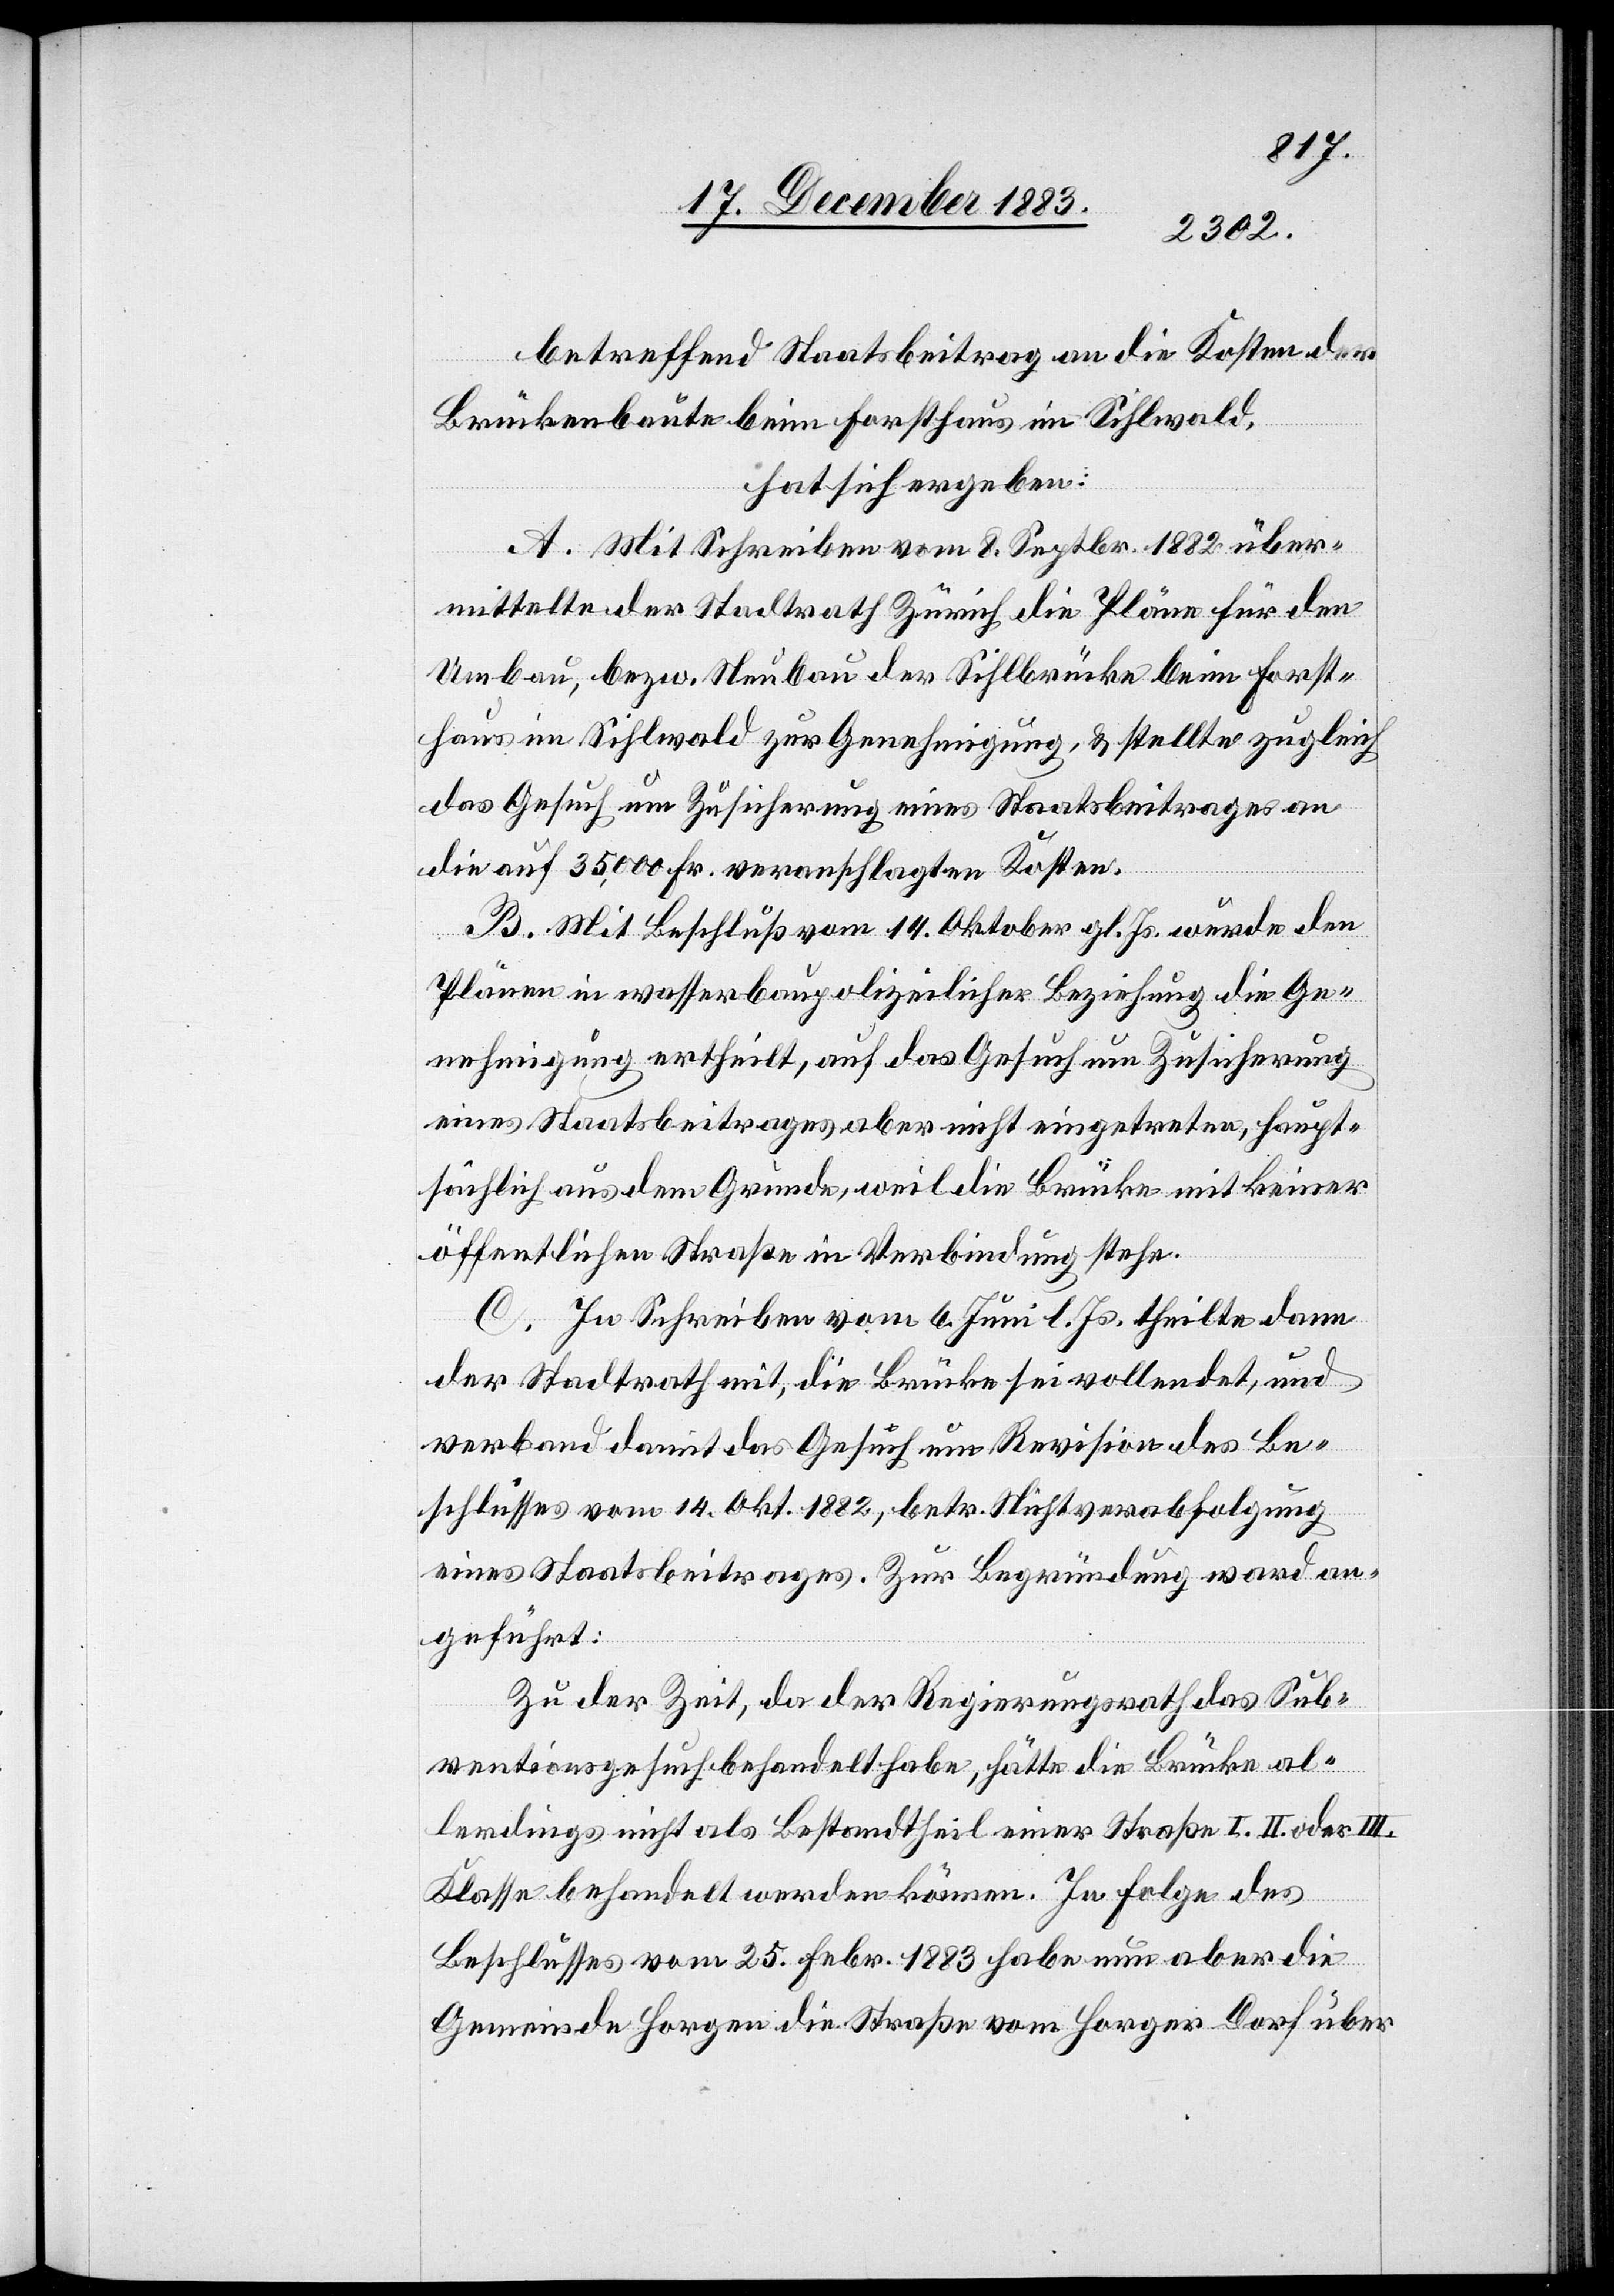
betreffend Staatsbeitrag an die Kosten der
Brückenbaute beim Forsthaus im Sihlwald,
hat sich ergeben:
A. Mit Schreiben vom 8. Septbr. 1882 über¬
mittelte der Stadtrath Zürich die Pläne für den
Umbau, bezw. Neubau der Sihlbrücke beim Forst¬
haus im Sihlwald zur Genehmigung, & stellte zugleich
das Gesuch um Zusicherung eines Staatsbeitrages an
die auf 35,000 Fr. veranschlagten kosten.
B. Mit Beschluß vom 14. Oktober gl. Js. wurde den
Plänen in wasserbaupolizeilicher Beziehung die Ge¬
nehmigung ertheilt, auf das Gesuch um Zusicherung
eines Staatsbeitrages aber nicht eingetreten, haupt¬
sächlich aus dem Grunde, weil die Brücke mit keiner
öffentlichen Straße in Verbindung stehe.
C. In Schreiben vom 6. Juni l. Js. theilte dann
der Stadtrath mit, die Brücke sei vollendet, und
verband damit das Gesuch um Revision des Be¬
schlusses vom 14. Okt. 1882, betr. Nichtverabfolgung
eines Staatsbeitrages. Zur Begründung ward an¬
geführt:
Zu der Zeit, da der Regierungsrath das Sub¬
ventionsgesuch behandelt habe, hätte die Brücke al¬
lerdings nicht als Bestandtheil einer Straße I.[,] II. oder III.
Klasse behandelt werden können. In Folge des
Beschlusses vom 25. Febr. 1883 habe nun aber die
Gemeinde Horgen die Straße vom Horger Dorf über